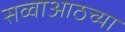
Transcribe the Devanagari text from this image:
सव्वाआठच्या